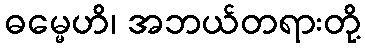
ဓမ္မေဟိ၊ အဘယ်တရားတို့